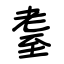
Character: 耋